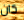
كان